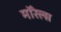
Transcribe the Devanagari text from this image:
मॉरेल्स